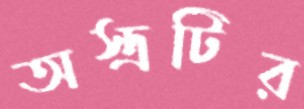
অস্ত্রটির